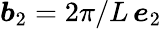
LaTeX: \boldsymbol b_{2}=2\pi/L\, \boldsymbol e_{2}